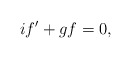
\begin{align*}if^{\prime}+g f=0, \end{align*}